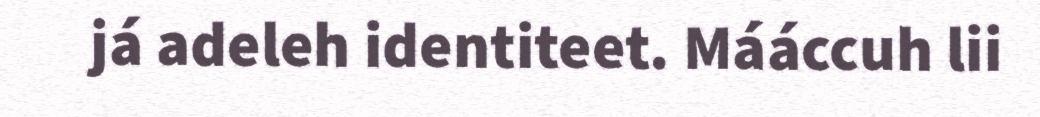
já adeleh identiteet. Mááccuh lii